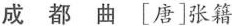
成都曲[唐]张籍